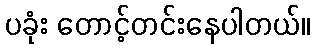
ပခုံး တောင့်တင်းနေပါတယ်။